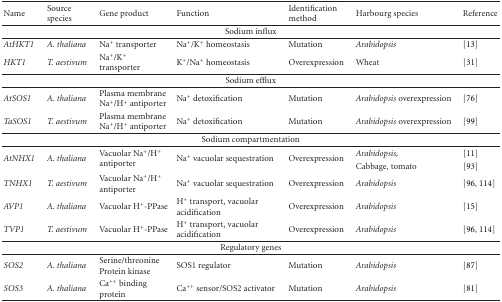
| Name | Source species | Gene product | Function | Identification method | Harbourg species | Reference |
 | --- | --- | --- | --- | --- | --- | --- |
 |  |  |  | Sodium influx |  |  |  |
 | AtHKT1 | A. thaliana | Na+ transporter | Na+/K+ homeostasis | Mutation | Arabidopsis | [13] |
 | HKT1 | T. aestivum | Na+/K+ transporter | K+/Na+ homeostasis | Overexpression | Wheat | [31] |
 |  |  |  | Sodium efflux |  |  |  |
 | AtSOS1 | A. thaliana | Plasma membrane Na+/H+ antiporter | Na+ detoxification | Mutation | Arabidopsis overexpression | [76] |
 | TaSOS1 | T. aestivum | Plasma membrane Na+/H+ antiporter | Na+ detoxification | Mutation | Arabidopsis overexpression | [99] |
 |  |  |  | Sodium compartmentation |  |  |  |
 | <ROWSPAN=2> AtNHX1 | <ROWSPAN=2> A. thaliana | <ROWSPAN=2> Vacuolar Na+/H+ antiporter | <ROWSPAN=2> Na+ vacuolar sequestration | <ROWSPAN=2> Overexpression | Arabidopsis, | [11] |
 | Cabbage, tomato | [93] |
 | TNHX1 | T. aestivum | Vacuolar Na+/H+ antiporter | Na+ vacuolar sequestration | Overexpression | Arabidopsis | [96, 114] |
 | AVP1 | A. thaliana | Vacuolar H+-PPase | H+ transport, vacuolar acidification | Overexpression | Arabidopsis | [15] |
 | TVP1 | T. aestivum | Vacuolar H+-PPase | H+ transport, vacuolar acidification | Overexpression | Arabidopsis | [96, 114] |
 |  |  |  | Regulatory genes |  |  |  |
 | SOS2 | A. thaliana | Serine/threonine Protein kinase | SOS1 regulator | Mutation | Arabidopsis | [87] |
 | SOS3 | A. thaliana | Ca++ binding protein | Ca++ sensor/SOS2 activator | Mutation | Arabidopsis | [81] |